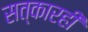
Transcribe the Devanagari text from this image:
सत्कारही